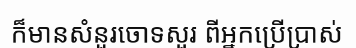
ក៏មានសំនួរចោទសួរ ពីអ្នកប្រើប្រាស់